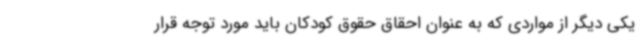
یکی دیگر از مواردی که به عنوان احقاق حقوق کودکان باید مورد توجه قرار